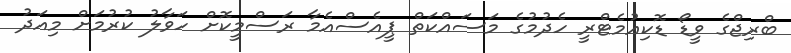
ބްރިޖްގެ ވީޑޯ ޑޮކިއުމެޓްރީ ހެދުމުގެ މަސައްކަތް ޕީއެސްއެމާ ރަސްމީކޮށް ހަވާލު ކުރުމަށް މިއަދު